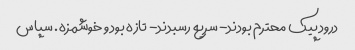
درود پیک محترم بودند- سریع رسبدند- تازه بود و خوشمزه. سپاس